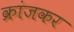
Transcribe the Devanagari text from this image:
क्रांजकर